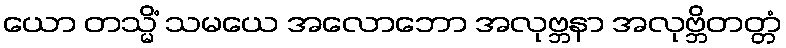
ယော တသ္မိံ သမယေ အလောဘော အလုဗ္ဘနာ အလုဗ္ဘိတတ္တံ